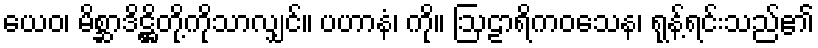
ယေဝ၊ မိစ္ဆာဒိဋ္ဌိတို့ကိုသာလျှင်။ ပဟာနံ၊ ကို။ ဩဠာရိကဝသေန၊ ရုန့်ရင်းသည်၏